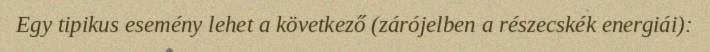
Egy tipikus esemény lehet a következő (zárójelben a részecskék energiái):